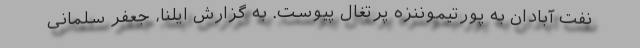
نفت آبادان به پورتیموننزه پرتغال پیوست. به گزارش ایلنا، جعفر سلمانی